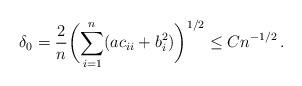
LaTeX: \begin{align*}\delta_0 = \frac{2}{n}\biggl(\sum_{i=1}^n (ac_{ii} + b_i^2)\biggr)^{1/2}\le Cn^{-1/2}\, .\end{align*}